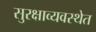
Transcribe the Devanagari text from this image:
सुरक्षाव्यवस्थेत